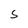
Character: 5